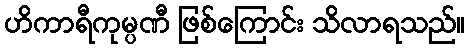
ဟိကာရီကုမ္ပဏီ ဖြစ်ကြောင်း သိလာရသည်။